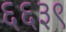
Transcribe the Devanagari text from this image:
६६३९